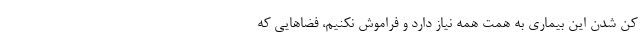
کن شدن این بیماری به همت همه نیاز دارد و فراموش نکنیم، فضاهایی که